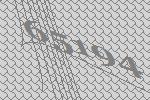
65194